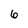
Character: 6